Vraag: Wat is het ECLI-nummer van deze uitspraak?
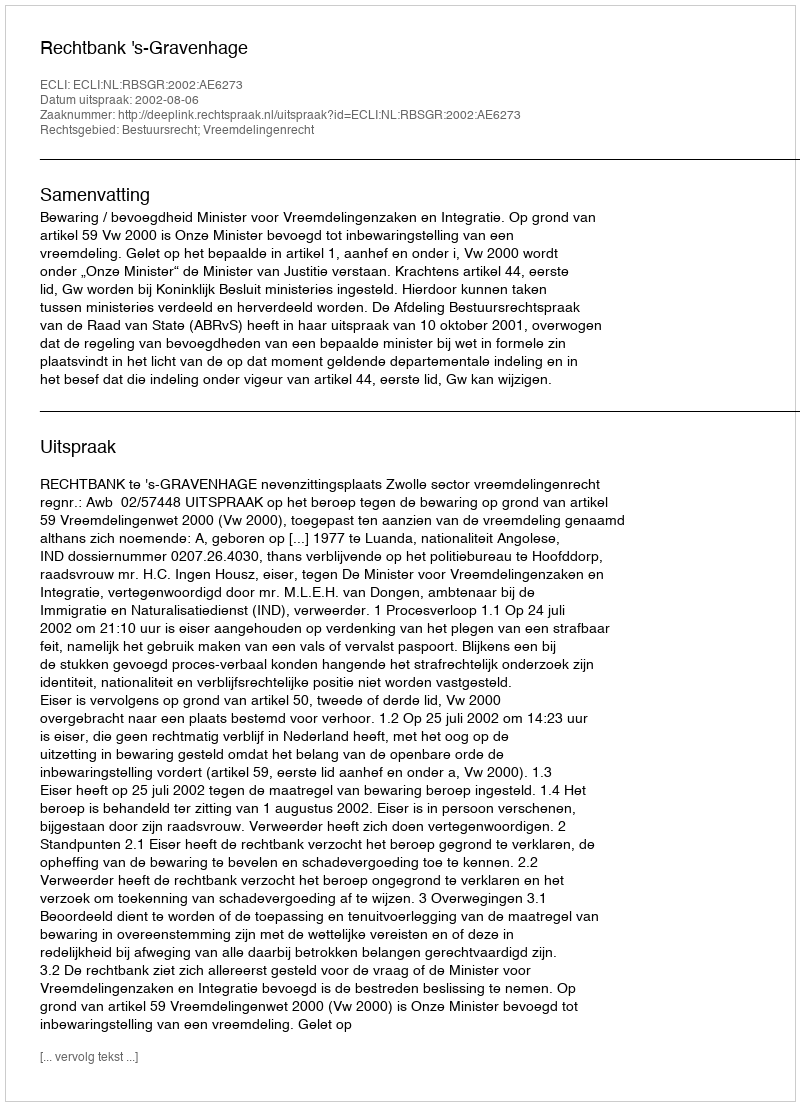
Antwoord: ECLI:NL:RBSGR:2002:AE6273